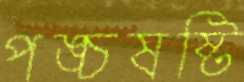
পঙ্চষষ্টি